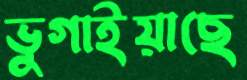
ভুগাইয়াছে